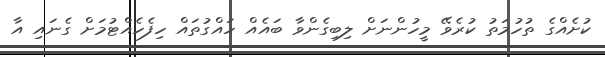
ކުށެއްގެ ތުހުމަތު ކުރެވޭ މީހުންނަށް ލިބިގެންވާ ބައެއް ހައްގުތައް ހިފެހެއްޓުމަށް ގެނައި އާ